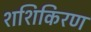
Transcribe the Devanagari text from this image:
शशिकिरण